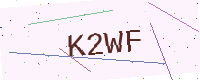
Text: K2WF